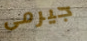
جيرمى